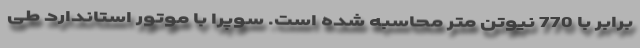
برابر با 770 نیوتن متر محاسبه شده است. سوپرا با موتور استاندارد طی